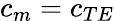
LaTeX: c_{m}=c_{TE}